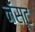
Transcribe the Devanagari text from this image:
नॅस्ट